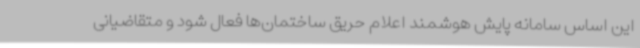
این اساس سامانه پایش هوشمند اعلام حریق ساختمان‌ها فعال شود و متقاضیانی